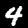
Label: 4